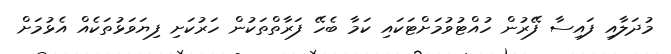
މުދަލާއި ފައިސާ ފޭރުން ހުއްޓުވުމަށްޓަކައި ކަމާ ބެހޭ ފަރާތްތަކުން ހަރުކަށި ފިޔަވަޅުތަކެއް އެޅުމަށް